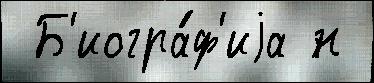
 Б'иогра́ф'иjа н